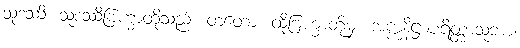
သုဒဿိ၊ သုဒဿီဗြဟ္မာတို့သည်။ တတော၊ ထိုဗြဟ္မာတို့မှ။ အက္ကနိဋ္ဌာပရိတ္တာသုဘာ၊